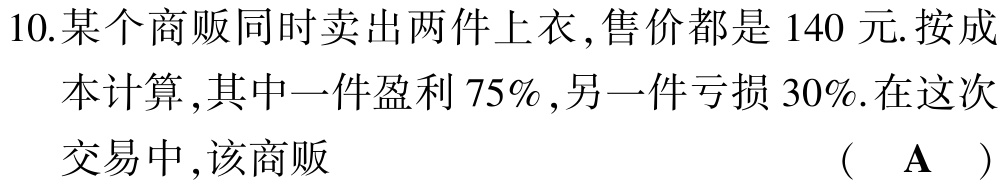
10.某个商贩同时卖出两件上衣,售价都是 140 元.按成本计算,其中一件盈利 75%,另一件亏损 30%.在这次交易中,该商贩 （ A ）